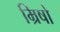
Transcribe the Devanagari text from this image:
म्रिषो